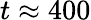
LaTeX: t\approx 400